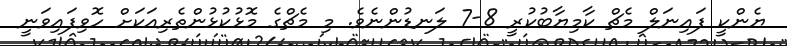
ޔެންކީ ފައިނަލް މެޗް ކާމިޔާބުކުރީ 8-7 ލަނޑުންނެވެ. މި މެޗްގެ މޮޅުކުޅުންތެރިއަކަށް ހޮވިފައިވަނީ